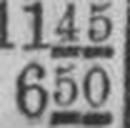
650